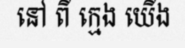
នៅ ពី ក្មេង យើង